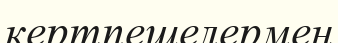
кертпешелермен